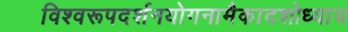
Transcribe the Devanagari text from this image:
विश्वरूपदर्शनयोगनामैकादशोध्याय